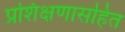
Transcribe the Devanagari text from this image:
प्रशिक्षणासहित